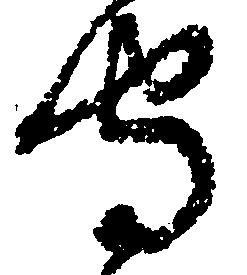
守